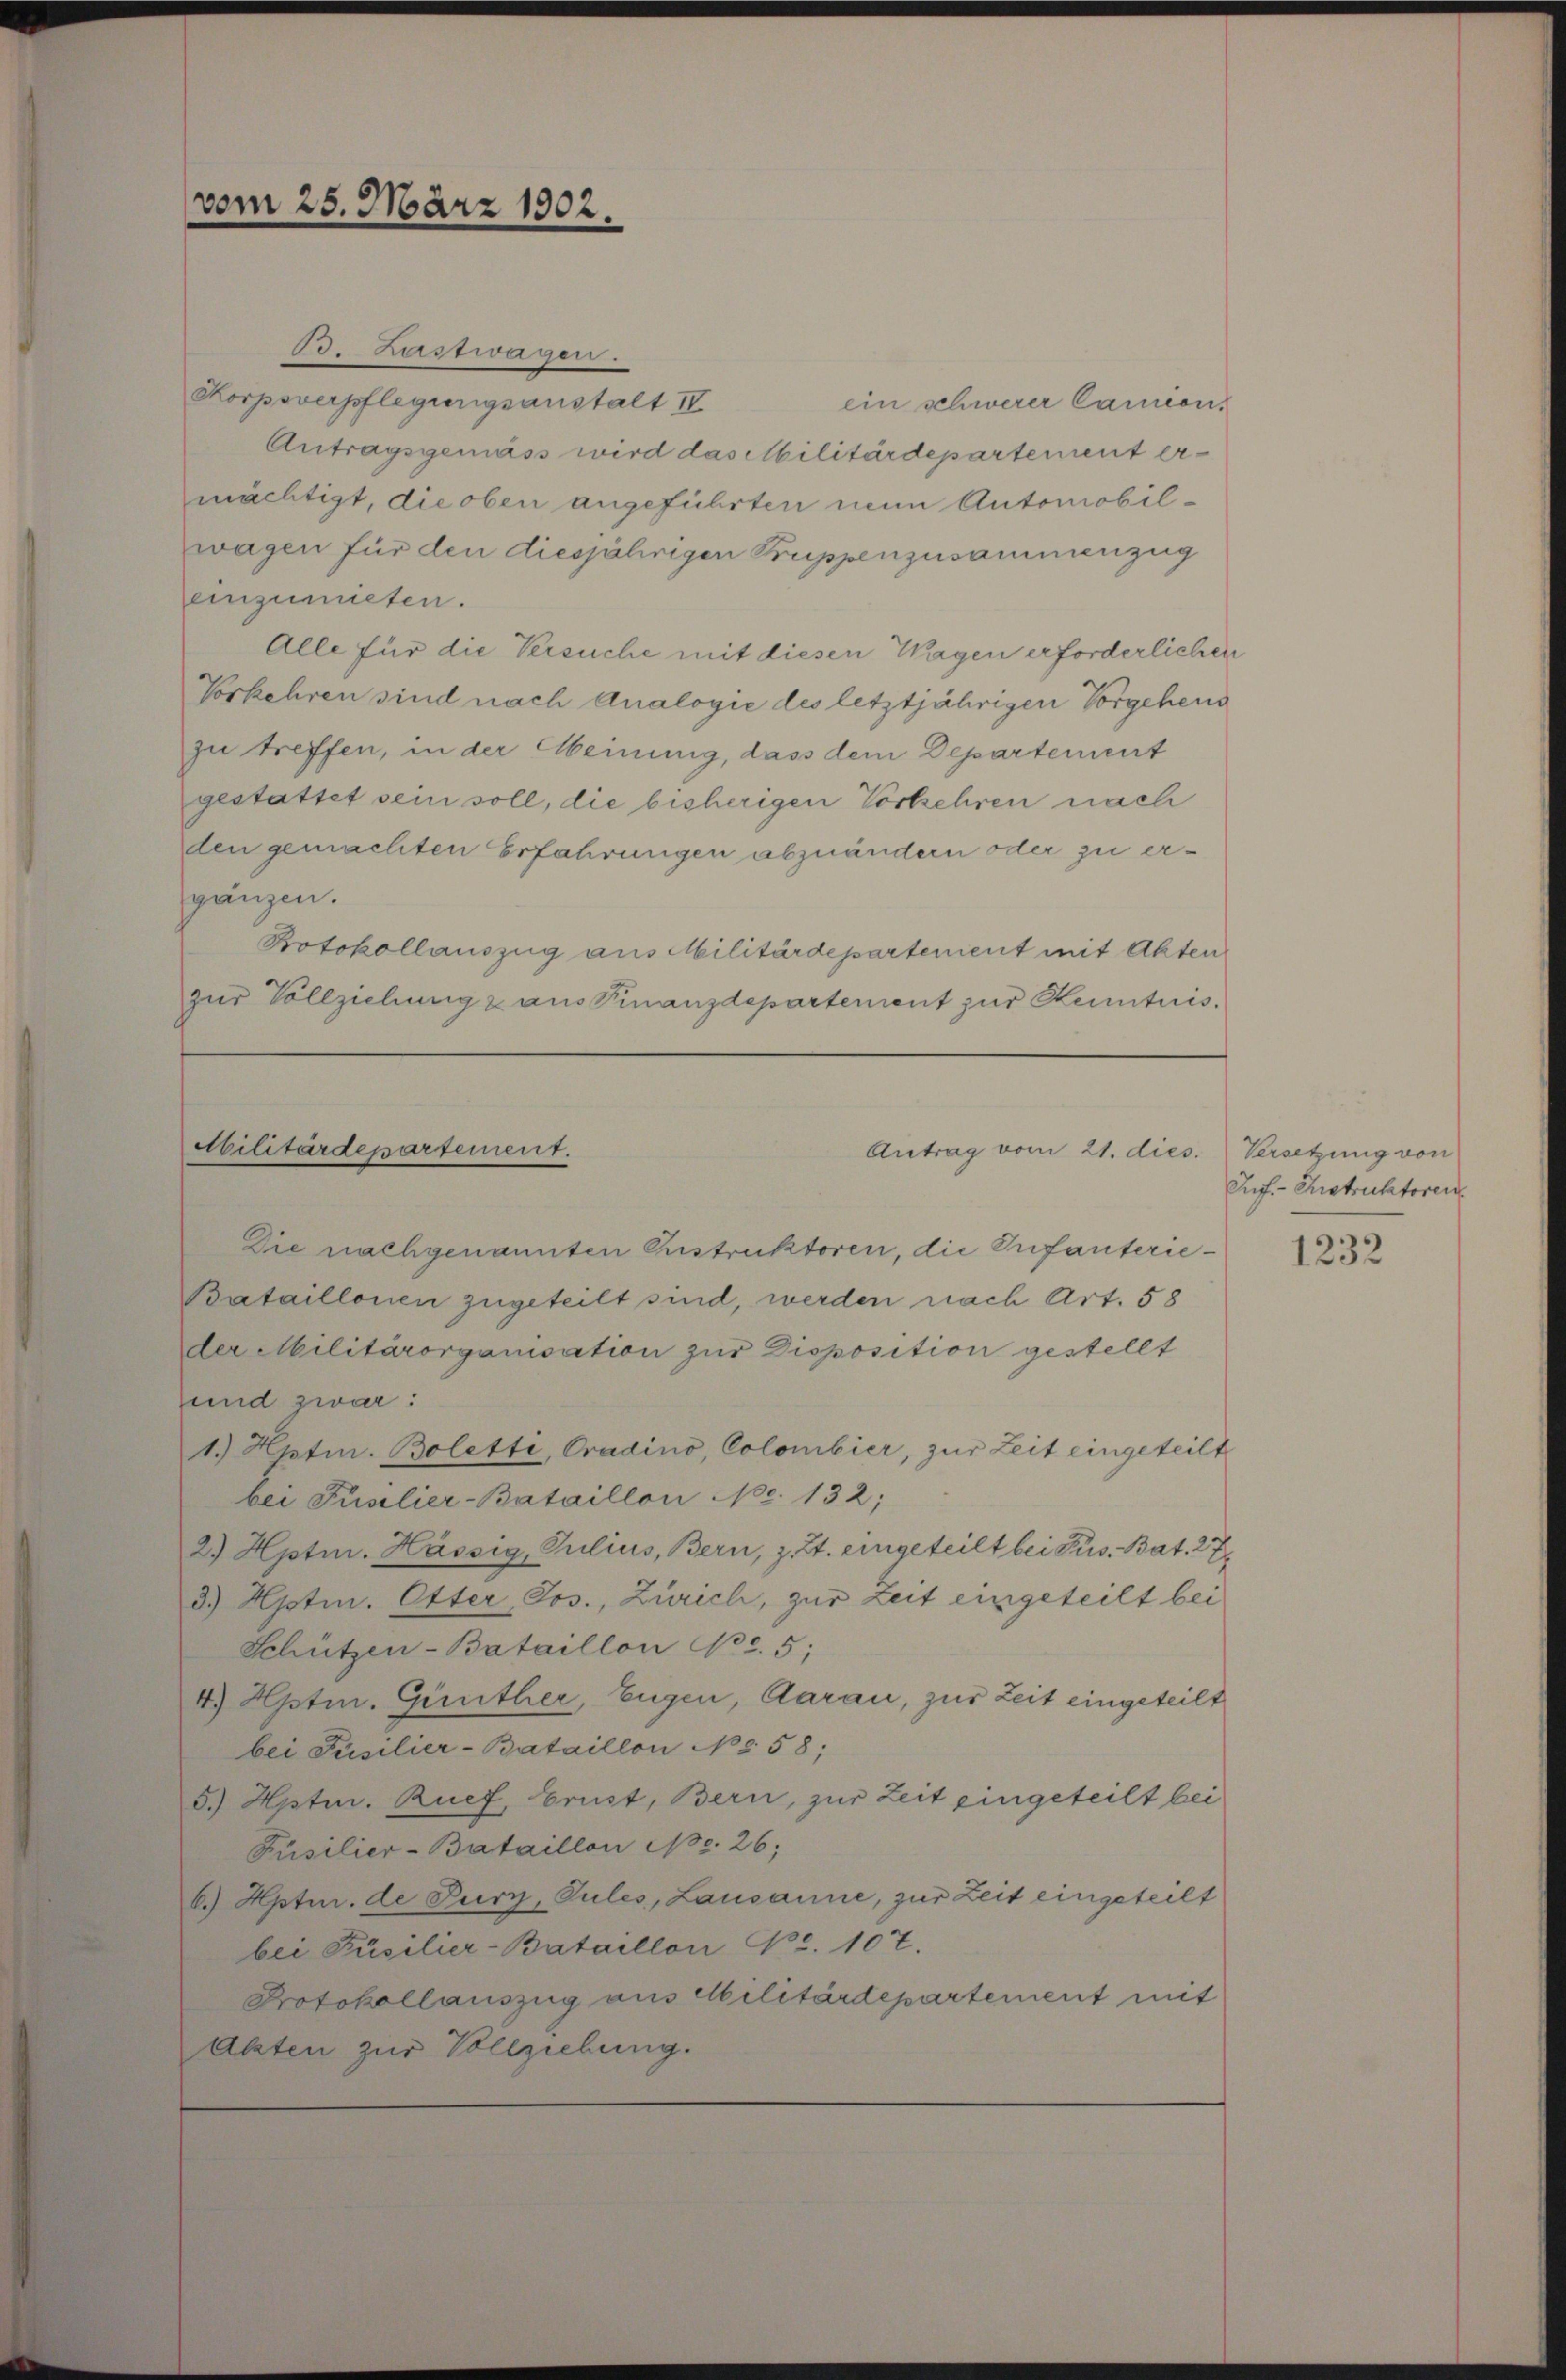
vom 25. März 1902.

B. Lastwagen.
Korpsverpflegungsanstalt IV
Antragsgemäss wird das Militärdepartement ermächtigt, die oben angeführten nun Automobil-
wagen für den diesjährigen Gruppenzusammenzug
einzumiesen.
Alle für die Versuche mit diesen Wagen erforderlichen
Vorkehren sind nach Analogie des letztjährigen Vorgehend
zu treffen, in der Meinung, dass dem Departement
gestattet sein soll, die bisherigen Vorkehren nach
den gemachten Erfahrungen abzuändern oder zu ergänzen.
Potokollauszug aus Militärdepartement mit Akten
zur Vollziehung & aus Finanzdepartement zur Kenntnis¬

ein schwerer Camens

Militärdepartement.
Antrag vom 21. dies

Die nachgenannten Instruktoren, die Infanterie¬
Bataillonen zugeteilt sind, werden nach Art. 58
der Militärorganisation zur Disposition gestellt
und zwar:
1.) Hptm. Bolette, Cradino, Colombier, zur Zeit eingeteilt
bei Füsilier-Bataillon No. 132;
2.) Hptm. Hässig, Julius, Bern, z. Zt. eingeteilt bei Pus. Bat. 27
3.) Hptm. Otter, Jos., Zürich, zur Zeit eingeteilt bei
Schützen-Bataillon No. 5;
4) Hptm. Günther, Eugen, Aarau, zur Zeit eingeteilt
bei Pusilier-Bataillon No 58;
5.) Hpten. Ruef, Brust, Bern, zur Zeit eingeteilt bei
Füsilier-Bataillon No. 26;
6.) Hptm. de Tury, Pules, Lausanne, zur Zeit eingeteilt
bei Püsilier-Bataillon pr. 107.
Protokollauszug aus Militärdepartement mit
Alzten zur Vollziehung.

Versetzung von
Iuf.- Instruktoren

1232